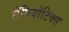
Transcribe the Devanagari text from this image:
सॅमियॉटिक्स